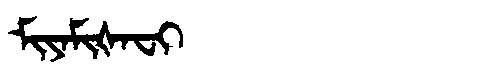
Manchu: ᠮᡳᠶᠠᠮᡳᡧᠠᠸᡳ
Romanization: MIYAMIŠAFI